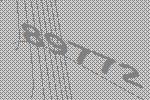
89772